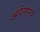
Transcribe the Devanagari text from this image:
अर्पणपत्र